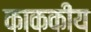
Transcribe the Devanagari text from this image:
काककीय